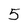
Character: 5